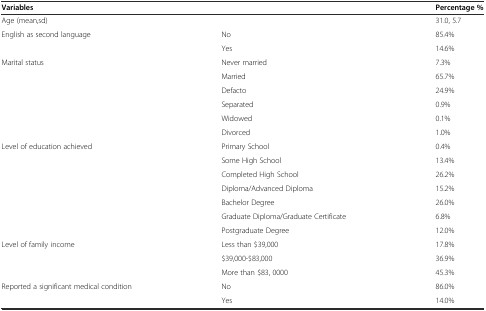
<table><thead><tr><td><b>Variables</b></td><td></td><td><b>Percentage %</b></td></tr></thead><tbody><tr><td>Age (mean,sd)</td><td></td><td>31.0, 5.7</td></tr><tr><td rowspan="2">English as second language</td><td>No</td><td>85.4%</td></tr><tr><td>Yes</td><td>14.6%</td></tr><tr><td rowspan="6">Marital status</td><td>Never married</td><td>7.3%</td></tr><tr><td>Married</td><td>65.7%</td></tr><tr><td>Defacto</td><td>24.9%</td></tr><tr><td>Separated</td><td>0.9%</td></tr><tr><td>Widowed</td><td>0.1%</td></tr><tr><td>Divorced</td><td>1.0%</td></tr><tr><td rowspan="7">Level of education achieved</td><td>Primary School</td><td>0.4%</td></tr><tr><td>Some High School</td><td>13.4%</td></tr><tr><td>Completed High School</td><td>26.2%</td></tr><tr><td>Diploma/Advanced Diploma</td><td>15.2%</td></tr><tr><td>Bachelor Degree</td><td>26.0%</td></tr><tr><td>Graduate Diploma/Graduate Certificate</td><td>6.8%</td></tr><tr><td>Postgraduate Degree</td><td>12.0%</td></tr><tr><td rowspan="3">Level of family income</td><td>Less than $39,000</td><td>17.8%</td></tr><tr><td>$39,000-$83,000</td><td>36.9%</td></tr><tr><td>More than $83, 0000</td><td>45.3%</td></tr><tr><td rowspan="2">Reported a significant medical condition</td><td>No</td><td>86.0%</td></tr><tr><td>Yes</td><td>14.0%</td></tr></tbody></table>